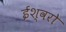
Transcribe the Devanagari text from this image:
ईश्वरो